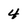
Character: 4